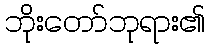
ဘိုးတော်ဘုရား၏